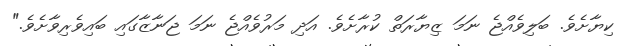
ކިޔާށެވެ. ބަލިވެއްޖެ ނަމަ ޒިޔާރަތް ކުރާށެވެ. އަދި މަރުވެއްޖެ ނަމަ ޖަނާޒާގައި ބައިވެރިވާށެވެ."